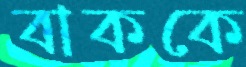
বাককে